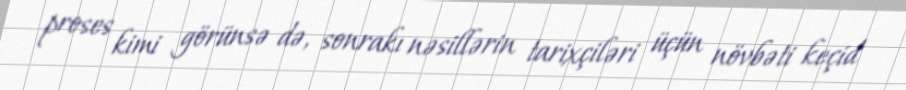
proses kimi görünsə də, sonrakı nəsillərin tarixçiləri üçün növbəti keçid